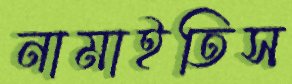
নামাইতিস